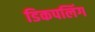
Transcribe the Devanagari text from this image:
डिकपलिंग